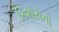
કિશોરોની